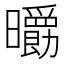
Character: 𣌄